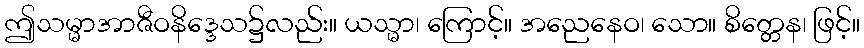
ဤသမ္မာအာဇီဝနိဒ္ဒေသ၌လည်း။ ယသ္မာ၊ ကြောင့်။ အညေနေဝ၊ သော။ စိတ္တေန၊ ဖြင့်။